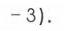
$-3).$